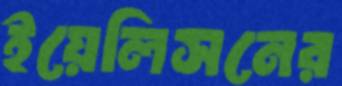
ইয়েলিসনের